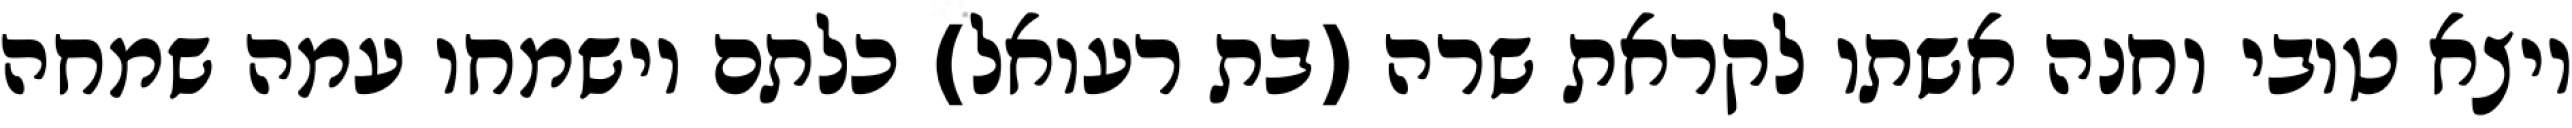
ויצא טובי וחנה אשתו לקראת שרה (בת רעואל) כלתם וישמחו עמה שמחה